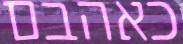
כאהבם